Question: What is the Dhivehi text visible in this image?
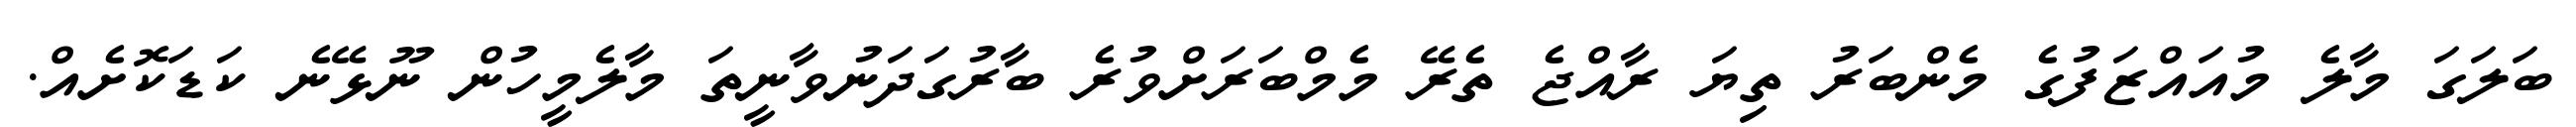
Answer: ބަލަގަ މާލެ މުއައްޒަފުގެ މެންބަރު ތިޔަ ރާއްޖެ ތެރޭ މެމްބަރަށްވުރެ ބާރުގަދަނުވާނީތަ މާލެމީހުން ނޫޅޭނެ ކަޑަކޮށެއް.